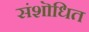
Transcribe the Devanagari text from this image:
संशॊधित